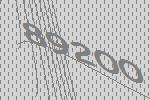
89200